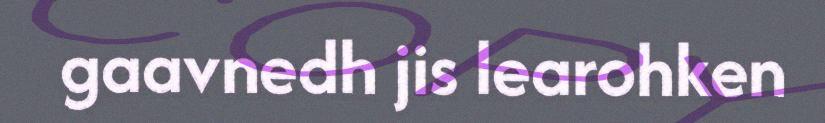
gaavnedh jis learohken